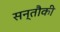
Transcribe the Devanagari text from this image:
सन्तौकी